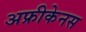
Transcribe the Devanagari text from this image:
अफ्रीकेनस